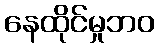
နေထိုင်မှုဘဝ